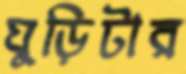
ঘুড়িটার